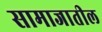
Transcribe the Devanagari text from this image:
सामाजातील